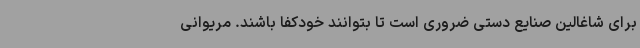
برای شاغالین صنایع دستی ضروری است تا بتوانند خودکفا باشند. مریوانی